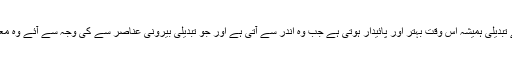
نظام کی تبدیلی نظام کا حصہ بن کر ہی ممکن ہے تبدیلی ہمیشہ اس وقت بہتر اور پائیدار ہوتی ہے جب وہ اندر سے آتی ہے اور جو تبدیلی بیرونی عناصر سے کی وجہ سے آئے وہ معاشرتی ڈھانچوں پر مضر اثرات مرتب کرتی ہے۔